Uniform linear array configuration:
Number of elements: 16
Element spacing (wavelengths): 1
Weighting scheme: binomial
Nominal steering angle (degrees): -15
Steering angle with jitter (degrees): -14.119
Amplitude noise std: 0.05
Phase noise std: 0.05

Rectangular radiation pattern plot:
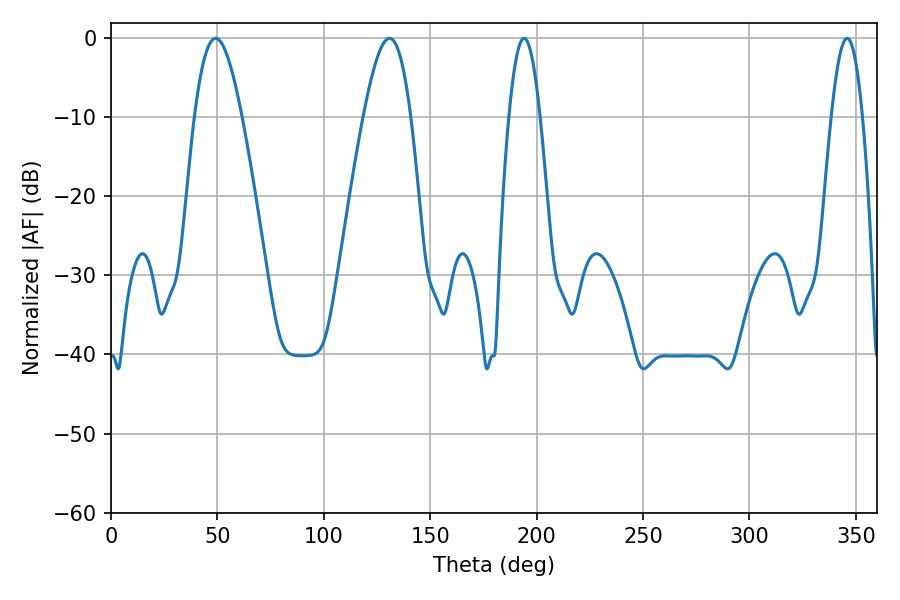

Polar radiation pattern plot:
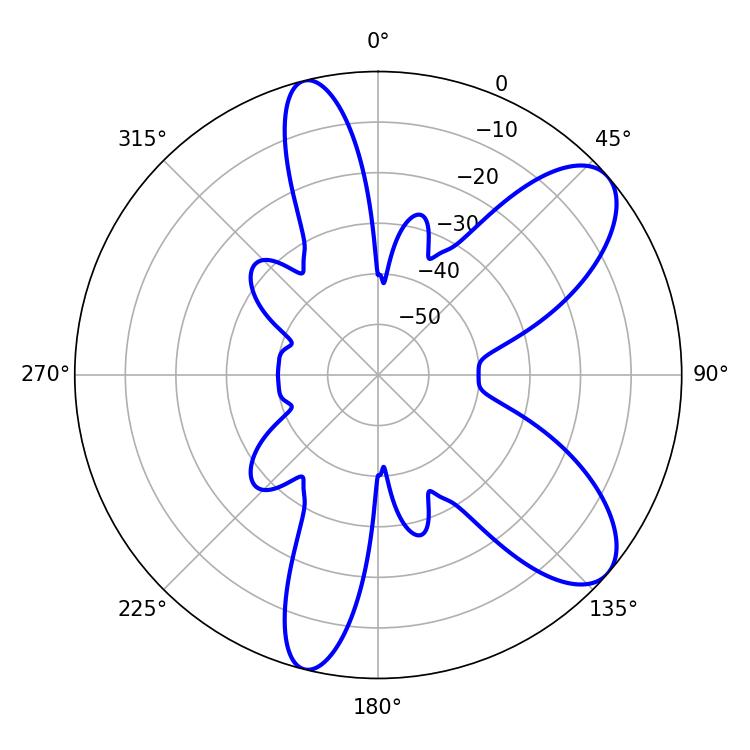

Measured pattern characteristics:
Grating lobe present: TRUE
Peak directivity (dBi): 8.656
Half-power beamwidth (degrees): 11.88
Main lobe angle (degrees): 49.14